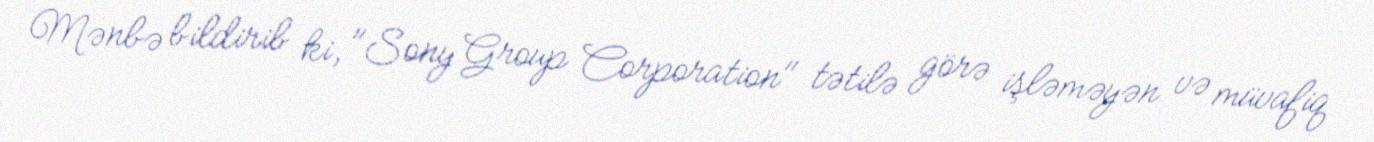
Mənbə bildirib ki, "Sony Group Corporation" tətilə görə işləməyən və müvafiq